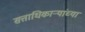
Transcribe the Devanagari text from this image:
सत्ताधिकाऱ्यांच्या